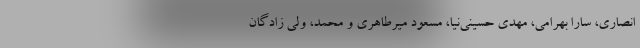
انصاری، سارا بهرامی، مهدی حسینی‌نیا، مسعود میرطاهری و محمد، ولی زادگان